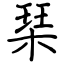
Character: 琹